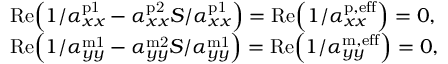
\begin{array} { r l } & { \mathrm { R e } \Bigl ( 1 / \alpha _ { x x } ^ { \mathrm { p 1 } } - \alpha _ { x x } ^ { \mathrm { p 2 } } S / \alpha _ { x x } ^ { \mathrm { p 1 } } \Bigr ) = \mathrm { R e } \Bigl ( 1 / \alpha _ { x x } ^ { \mathrm { p , e f f } } \Bigr ) = 0 , } \\ & { \mathrm { R e } \Bigl ( 1 / \alpha _ { y y } ^ { \mathrm { m 1 } } - \alpha _ { y y } ^ { \mathrm { m 2 } } S / \alpha _ { y y } ^ { \mathrm { m 1 } } \Bigr ) = \mathrm { R e } \Bigl ( 1 / \alpha _ { y y } ^ { \mathrm { m , e f f } } \Bigr ) = 0 , } \end{array}